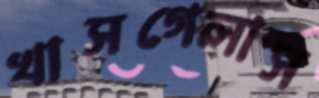
খাসগেলাস